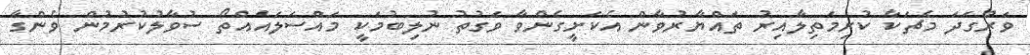
ވަރުގަދަ މެޗަކާ ކުރިމަތިލާއިރު ތައްޔާރުވާން އެކަށީގެންވާ ވަގުތު ނުލިބުމަކީ މައްސަލައެއްތޯ ސުވާލުކުރުމުން ވެންގާ